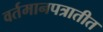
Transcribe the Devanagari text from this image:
वर्तमानपत्रातीत